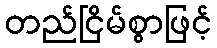
တည်ငြိမ်စွာဖြင့်